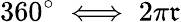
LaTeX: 360^{\circ}\iff2\pi\mathfrak{r}